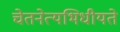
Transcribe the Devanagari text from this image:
चेतनेत्यभिधीयते